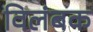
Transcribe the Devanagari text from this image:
विलंबक